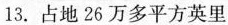
13.占地26万多平方英里